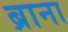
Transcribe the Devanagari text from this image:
ब्राना